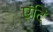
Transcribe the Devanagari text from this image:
एंटि